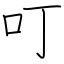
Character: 叮